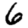
Digit: 6